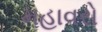
મહાવરો